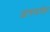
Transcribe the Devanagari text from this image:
अंगमपोर